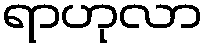
ရာဟုလာ